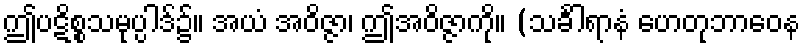
ဤပဋိစ္စသမုပ္ပါဒ်၌။ အယံ အဝိဇ္ဇာ၊ ဤအဝိဇ္ဇာကို။ (သင်္ခါရာနံ ဟေတုဘာဝေန